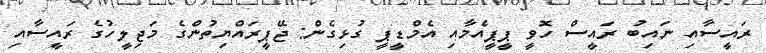
ރައީސާއި ނައިބު ރައީސް ހޮވީ ޕީޕީއެމާއި އެމްޑީޕީ ގުޅިގެން: ޖޭޕީރައްޔިތުންގެ މަޖިލީހުގެ ރައީސާއި